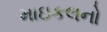
માઇકલનો